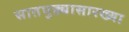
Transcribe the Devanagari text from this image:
सातपुड्यासारख्या